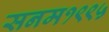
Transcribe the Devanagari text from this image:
सनम१९९५